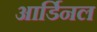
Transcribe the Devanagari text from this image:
आर्डिनल